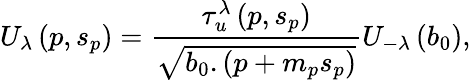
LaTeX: U_{\lambda}\left(p,s_{p}\right)=\frac{\tau_{u}^{\lambda}\left(p,s_{p}\right)}{\sqrt{b_{0}.\left(p+m_{p}s_{p}\right)}}U_{-\lambda}\left(b_{0}\right),